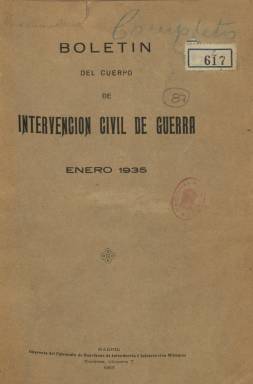
Título: Boletín del Cuerpo de Intervención Civil de Guerra
Colección: Fuerzas armadas
Ámbito geográfico: Madrid
Lugar de publicación: Madrid
Fechas: 01/01/1935-31/01/1936

La colección de este boletín en la Biblioteca Nacional de España comprende desde enero de 1935 a enero de 1936. Su secuencia numérica es anual y su periodicidad, mensual, teniendo una paginación variable, entre la treintena y cincuentena de páginas por entrega. Comenzó su publicación en 1934, y se desconoce si continuó editándose. Publica lo que denomina “Disposiciones cuyo texto interesa tener siempre a la vista”, que no son otras que las relativas al personal, presupuestos y contabilidad militar, así como Disposiciones referentes al personal, publicadas cada mes. También ofrece mensualmente la Escala del Cuerpo y la situación del personal. El Cuerpo de Intervención Civil de Guerra había sido creado en 1933, constituido en lo sucesivo sólo por personal o funcionarios civiles, tras ser extinguido el año anterior el Cuerpo de Intervención Militar. En 1941, sería restituido el Cuerpo de Intervención Militar. El director del boletín fue el comisario de Guerra de primera Luis de Luque y Centaño, al que le acompañaban en la redacción Carlos Gil Gárate, comisario de segunda, y José Puertas Gómez de Mercado, oficial primero; sumándose posteriormente Eduardo Crespo y García Castrillón, también oficial primero, que también fue el administrador del boletín, en sustitución a su vez del citado Gómez de Mercado en este puesto. Este cuerpo estaba integrado en la Intervención Central de Guerra, del Ministerio de la Guerra.